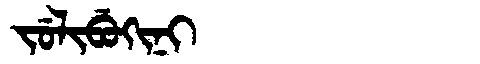
Manchu: ᠵᡠᠯᡳᠪᡠᡴᡳᠨᡳ
Romanization: JULIBUKINI